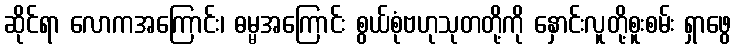
ဆိုင်ရာ လောကအကြောင်း၊ ဓမ္မအကြောင်း စွယ်စုံဗဟုသုတတို့ကို နှောင်းလူတို့စူးစမ်း ရှာဖွေ